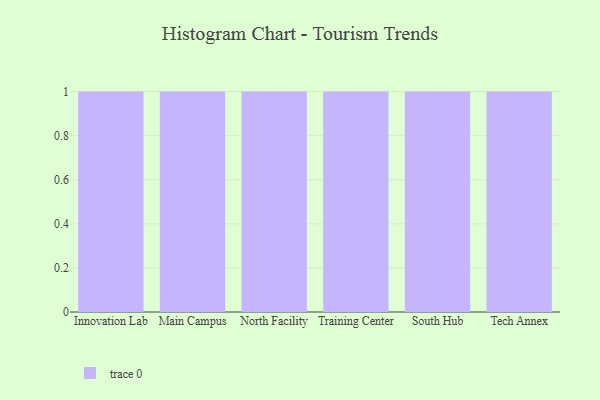
{"axis": {"x": "Campus", "y": "Website Visitors"}, "legend": [""], "data": [{"x": "Innovation Lab", "y": 66, "type": ""}, {"x": "Main Campus", "y": 66, "type": ""}, {"x": "North Facility", "y": 78, "type": ""}, {"x": "Training Center", "y": 14, "type": ""}, {"x": "South Hub", "y": 41, "type": ""}, {"x": "Tech Annex", "y": 20, "type": ""}]}